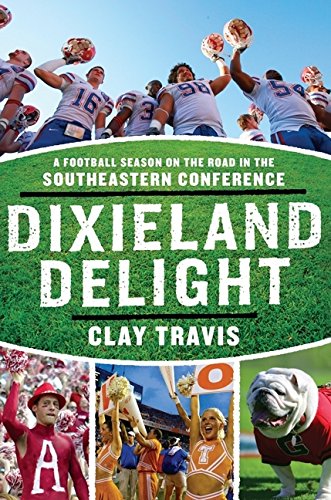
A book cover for Dixieland Delight: A Football Season on the Road in the Southeastern Conference; Clay Travis; Biographies & Memoirs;